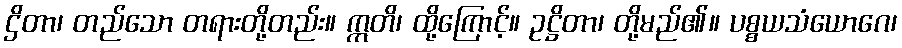
ဌိတာ၊ တည်သော တရားတို့တည်း။ ဣတိ၊ ထို့ကြောင့်။ ဥဋ္ဌိတာ၊ တို့မည်၏။ ပစ္စယသံယောဂေ၊